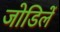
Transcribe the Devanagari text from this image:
जोडिलें